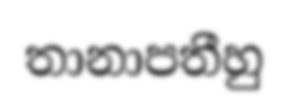
තානාපතීහු